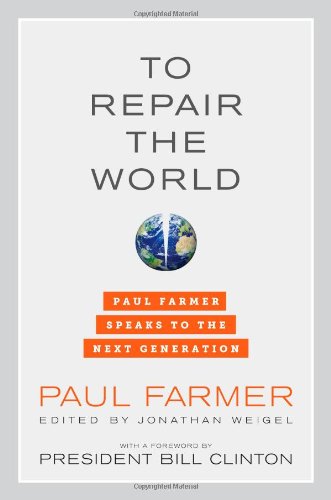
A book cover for To Repair the World: Paul Farmer Speaks to the Next Generation (California Series in Public Anthropology); Paul Farmer; Literature & Fiction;